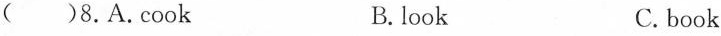
( )8.A.cook B.look C. book